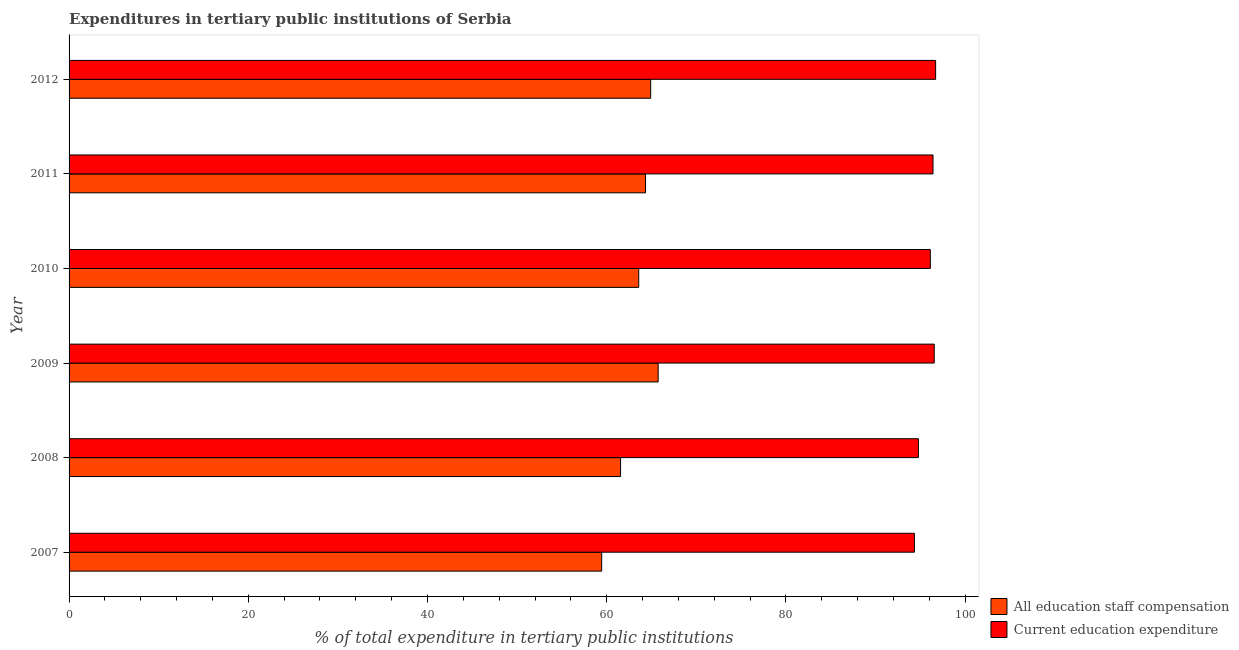
| Year | All education staff compensation | Current education expenditure |
 | --- | --- | --- |
 | 2007 | 59.4 | 94.3 |
 | 2008 | 61.5 | 94.8 |
 | 2009 | 65.7 | 96.6 |
 | 2010 | 63.6 | 96.1 |
 | 2011 | 64.3 | 96.4 |
 | 2012 | 64.9 | 96.7 |